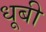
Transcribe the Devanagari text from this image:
धूबी